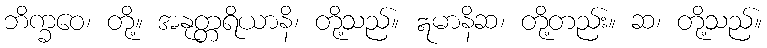
ဘိက္ခဝေ၊ တို့။ အနုတ္တရိယာနိ၊ တို့သည်။ ဣမာနိဆ၊ တို့တည်း။ ဆ၊ တို့သည်။